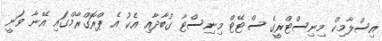
އިސްލާމިކް މިނިސްޓްރީގެ ސްޓޭޓް މިނިސްޓާ ގުބާދާއި އެކު އެ ޕްރޮގްރާމްގައި އޭނާ ވަނީ